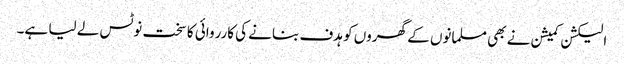
الیکشن کمیشن نے بھی مسلمانوں کے گھروں کو ہدف بنانے کی کارروائی کا سخت نوٹس لے لیا ہے۔